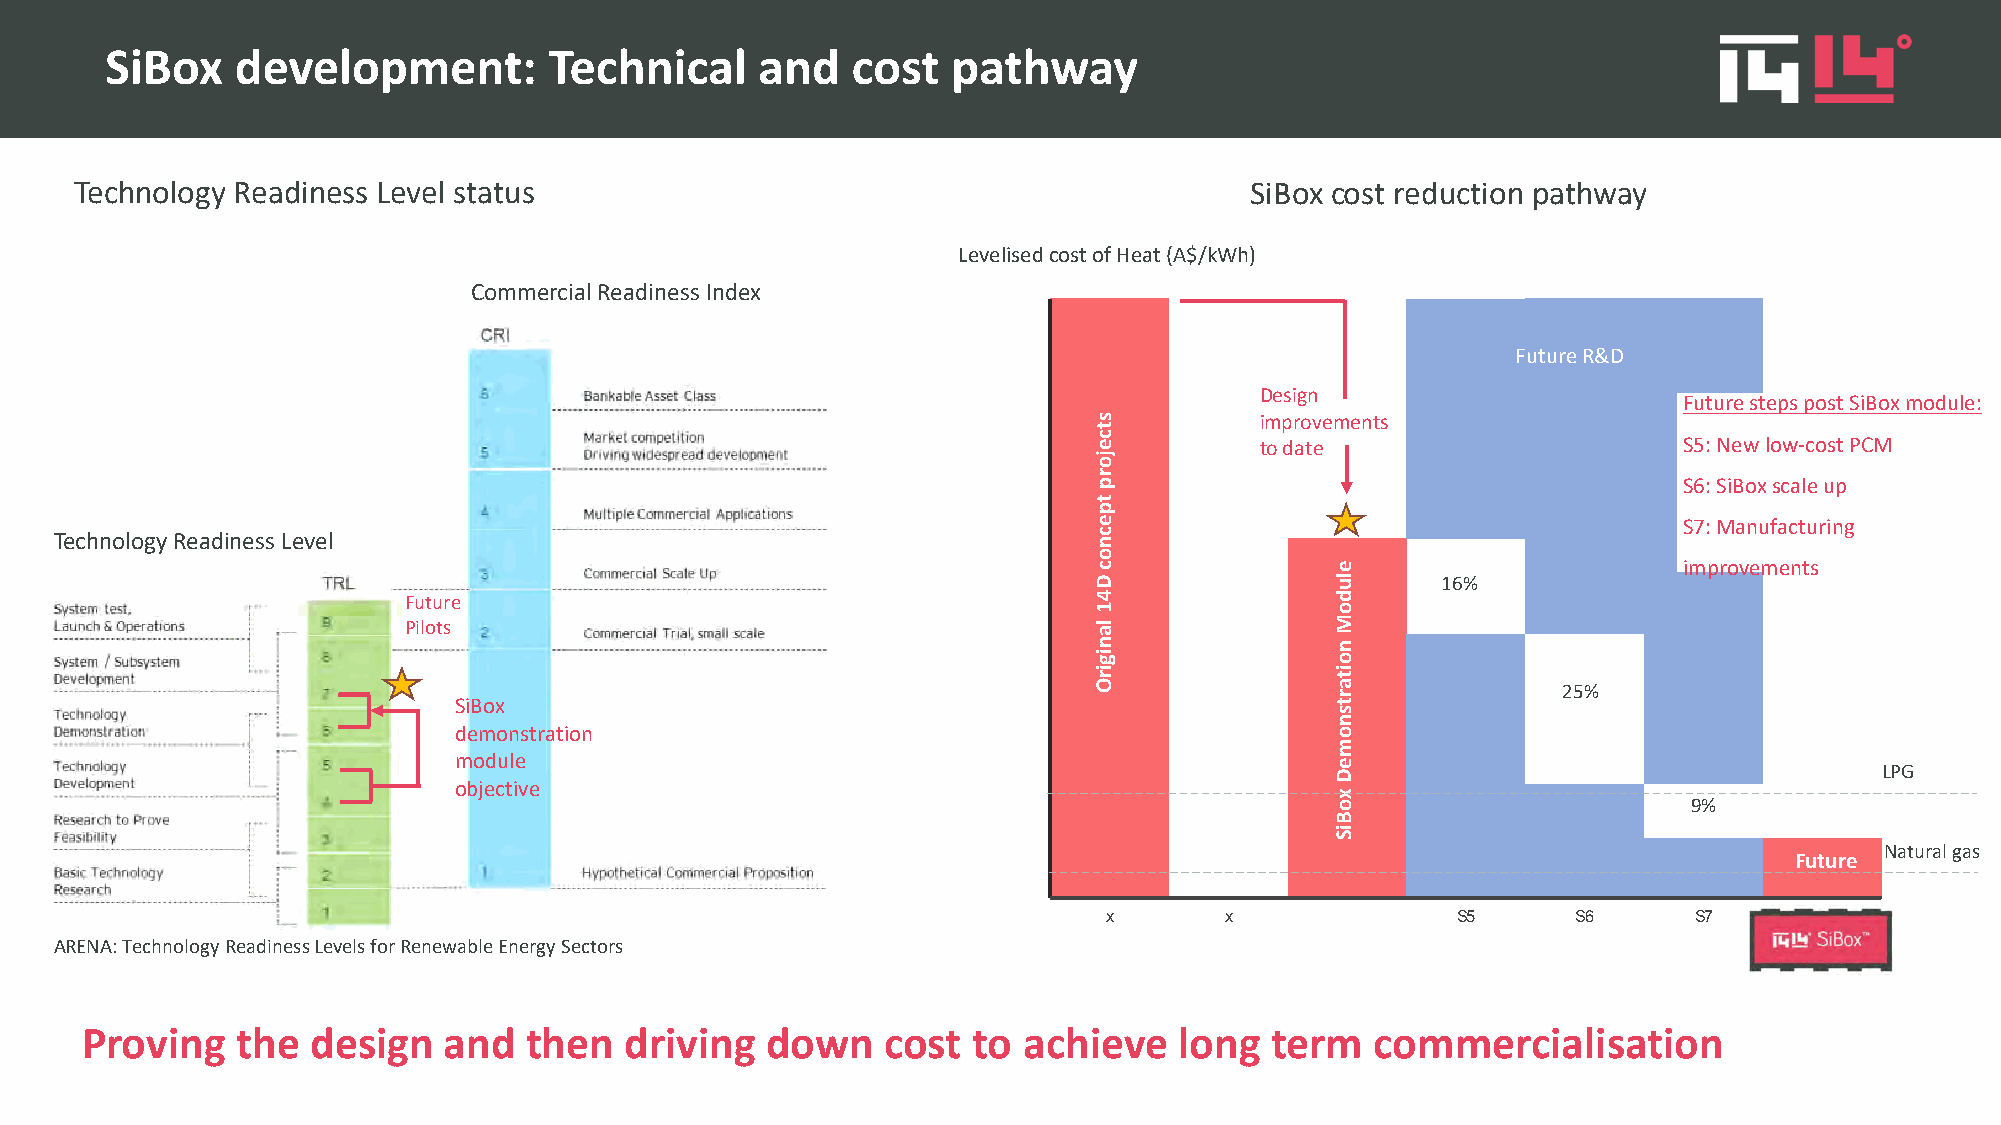
SiBox    development:        Technical     and   cost   pathway
 Technology Readiness Level status                                             SiBox cost reduction pathway
 Levelisedcost of Heat (A$/kWh)
 Commercial Readiness Index
 300
 Future R&D
 250             Design                      Future steps post SiBox module:
 improvements
 to date                     S5: New low-cost PCM
 S6: SiBoxscale up
 200
 S7: Manufacturing
 Technology Readiness Level
 improvements
 16%
 Future                                  150
 Pilots
 25%
 SiBox                                100
 demonstration
 module
 LPG
 objective
 50                                           9%
 Natural gas
 Future
 0
 x       x              S5      S6      S7      x
 ARENA: Technology Readiness Levels for Renewable Energy Sectors
 Proving    the  design  and   then  driving   down    cost to  achieve   long  term   commercialisation
 stcejorp
 tpecnoc
 D41
 lanigirO
 eludoM
 noitartsnomeDxoBiS